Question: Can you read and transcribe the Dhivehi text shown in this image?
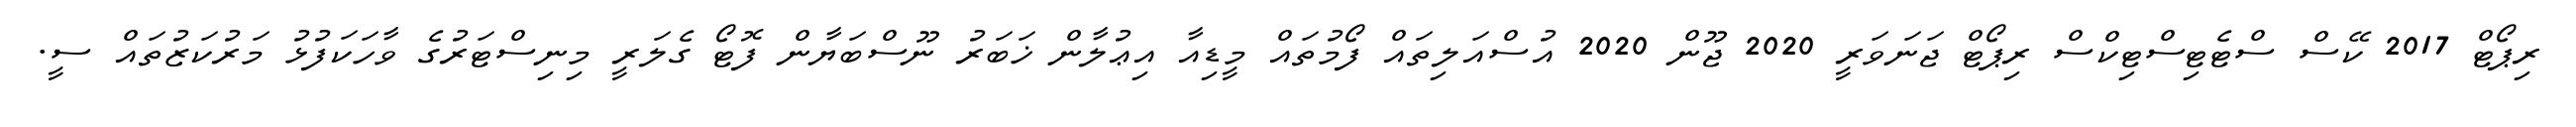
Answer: ރިޕޯޓް 2017 ކޭސް ސްޓެޓިސްޓިކްސް ރިޕޯޓް ޖަނަވަރީ 2020 ޖޫން 2020 އުސްއަލިތައް ފޯމުތައް މީޑިއާ އިޢުލާން ޚަބަރު ނޫސްބަޔާން ފޮޓޯ ގެލަރީ މިނިސްޓަރުގެ ވާހަކަފުޅު މަރުކަޒުތައް ސީ.